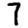
Digit: 7